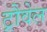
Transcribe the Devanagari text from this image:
ट्रौवेल